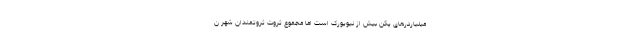
میلیاردرهای پکن بیش از نیویورک است اما مجموع ثروت ثروتمندان شهر ن